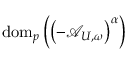
\mathrm { d o m } _ { p } \left( \left( - \mathcal { A } _ { U , \omega } \right) ^ { \alpha } \right)